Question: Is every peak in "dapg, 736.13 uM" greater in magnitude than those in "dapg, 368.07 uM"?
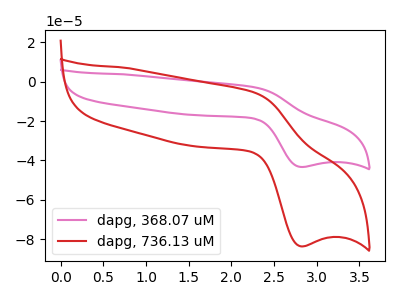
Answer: <think>The pink curve "dapg, 368.07 uM" has an anodic peak at (2.30V, -2.95uA) and a cathodic peak at (2.80V, -43.30uA). The red curve "dapg, 736.13 uM" has an anodic peak at (2.30V, -5.75uA) and a cathodic peak at (2.80V, -83.50uA).</think>
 <answer>The peaks in "dapg, 736.13 uM" are neither all higher or all lower than the peaks in "dapg, 368.07 uM".</answer>
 <eval>mixed</eval>